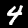
Label: 4